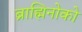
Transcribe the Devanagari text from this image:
ब्राह्मिनोको